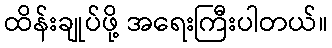
ထိန်းချုပ်ဖို့ အရေးကြီးပါတယ်။